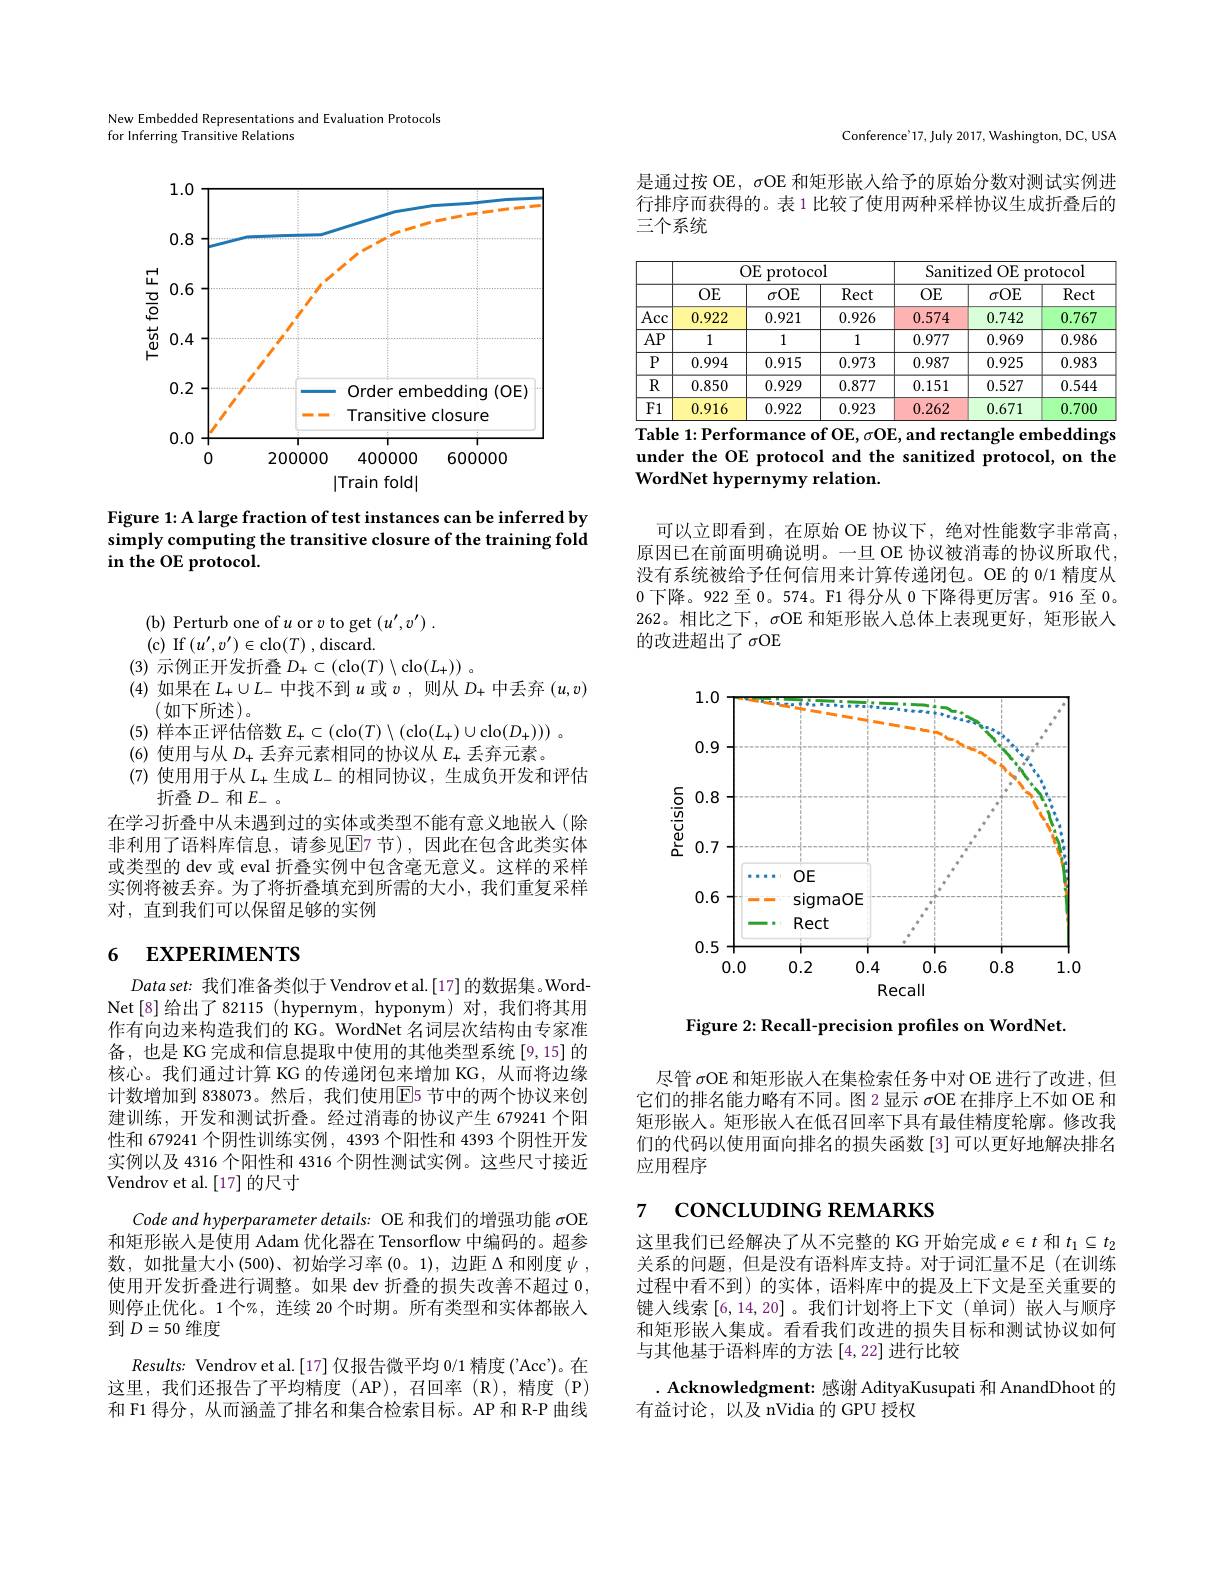
New Embedded Representations and Evaluation Protocols
for Inferring Transitive Relations

<FigureHere>

Figure 1: A large fraction of test instances can be inferred by simply computing the transitive closure of the training fold in the OE protocol.

(b) Perturb one of $u$ or $v$ to get $(u^\prime,v^{\prime}).$
(c) If$(u^\prime,v^{\prime})\in$clo$(T)$,discard.
(3)示例正开发折叠$D_+\subset($clo$(T)\setminus$clo$(L_+))$ 。
(4)如果在$L_+\cup L_-$中找不到$u$或$v$ ,则从$D_+$中丢弃$(u,v)$
(如下所述)。
(5)样本正评估倍数$E_+\subset($clo$(T)\setminus($clo$(L_+)\cup$clo$(D_+))).$
(6) 使用与从$D_+$丢弃元素相同的协议从$E_+$丢弃元素。
(7) 使用用于从$L_+$生成$L_-$的相同协议，生成负开发和评估
折叠$D_-$和$E_-$
在学习折叠中从未遇到过的实体或类型不能有意义地嵌人(除非利用了语料库信息，请参见$\overline{\mathrm{E}}$7节),因此在包含此类实体或类型的 dev 或 eval 折叠实例中包含毫无意义。这样的采样实例将被丢弃。为了将折叠填充到所需的大小，我们重复采样对，直到我们可以保留足够的实例

# 6 EXPERIMENTS

$Dataset{:}$我们准备类似于 Vendrovet al.[17]的数据集。WordNet[8]给出了82115 (hypernym,hyponym)对，我们将其用作有向边来构造我们的 KG。WordNet 名词层次结构由专家准备，也是 KG 完成和信息提取中使用的其他类型系统 [9,15] 的核心。我们通过计算 KG 的传递闭包来增加 KG, 从而将边缘计数增加到 838073。然后，我们使用E5 节中的两个协议来创建训练，开发和测试折叠。经过消毒的协议产生 679241 个阳性和 679241 个阴性训练实例，4393 个阳性和 4393 个阴性开发实例以及 4316 个阳性和 4316 个阴性测试实例。这些尺寸接近Vendrov et al.[17] 的尺寸
Code and hyperparameter details: OE 和我们的增强功能$\sigma$OE 和矩形嵌入是使用 Adam 优化器在 Tensorflow 中编码的。超参数，如批量大小(500)、初始学习率(0。1),边距$\Delta$和刚度$\psi$, 使用开发折叠进行调整。如果 dev 折叠的损失改善不超过0， 则停止优化。1个%,连续 20 个时期。所有类型和实体都嵌入到$D=50$维度
$Results:$ Vendrov et al.[17]仅报告微平均 0/1 精度('Acc')。在这里，我们还报告了平均精度(AP),召回率(R),精度(P) 和 F1 得分，从而涵盖了排名和集合检索目标。AP 和 R-P 曲线

Conference'17, July 2017, Washington, DC, USA

是通过按 OE, $\sigma$OE 和矩形嵌入给予的原始分数对测试实例进行排序而获得的。表 1 比较了使用两种采样协议生成折叠后的三个系统

<table>
	<tbody>
		<tr>
			<th> </th>
			<th colspan="3">$OE$ 1 protocol</th>
			<th colspan="3">Sanitized OE protocol</th>
		</tr>
		<tr>
			<th> </th>
			<th>$OE$</th>
			<th>$\sigma OE$</th>
			<th>Rect</th>
			<th>$OE$</th>
			<th>$\sigma OE$</th>
			<th>Rect</th>
		</tr>
		<tr>
			<td>Acc</td>
			<td>0.922</td>
			<td>0.921</td>
			<td>0.926</td>
			<td>0.574</td>
			<td>0.742</td>
			<td>0.767</td>
		</tr>
		<tr>
			<td>$AP$</td>
			<td>1</td>
			<td>1</td>
			<td>1</td>
			<td>0.977</td>
			<td>0.969</td>
			<td>0.986</td>
		</tr>
		<tr>
			<td>$P$</td>
			<td>0.994</td>
			<td>0.915</td>
			<td>0.973</td>
			<td>0.987</td>
			<td>0.925</td>
			<td>0.983</td>
		</tr>
		<tr>
			<td>$R$</td>
			<td>0.850</td>
			<td>0.929</td>
			<td>0.877</td>
			<td>0.151</td>
			<td>0.527</td>
			<td>0.544</td>
		</tr>
		<tr>
			<td>F1</td>
			<td>0.916</td>
			<td>0.922</td>
			<td>0.923</td>
			<td>0.262</td>
			<td>0.671</td>
			<td>0.70C</td>
		</tr>
	</tbody>
</table>
$\overline{\text{Table 1: Performance of OE, }\sigma\text{OE, and rectangle embeddings}}$

under the OE protocol and the sanitized protocol, on the
WordNet hypernymy relation.

可以立即看到，在原始 OE 协议下，绝对性能数字非常高原因已在前面明确说明。一旦 OE 协议被消毒的协议所取代没有系统被给予任何信用来计算传递闭包。OE 的 0/1 精度从0下降。922 至0。574。F1 得分从0下降得更厉害。916 至0。262。相比之下，$\sigma$OE 和矩形嵌入总体上表现更好，矩形嵌人的改进超出了$\sigma$OE

<FigureHere>

Figure 2: Recall-precision profiles on WordNet.

尽管$\sigma$OE 和矩形嵌人在集检索任务中对 OE 进行了改进，但它们的排名能力略有不同。图 2 显示$\sigma$OE 在排序上不如 OE 和矩形嵌人。矩形嵌入在低召回率下具有最佳精度轮廓。修改我们的代码以使用面向排名的损失函数[3]可以更好地解决排名应用程序

# 7 concLUDING REMARKS

这里我们已经解决了从不完整的 KG 开始完成$e\in t$和$t_1\subseteq t_2$ 关系的问题，但是没有语料库支持。对于词汇量不足(在训练过程中看不到) 的实体，语料库中的提及上下文是至关重要的键人线索[6,14,20]。我们计划将上下文(单词)嵌人与顺序和矩形嵌入集成。看看我们改进的损失目标和测试协议如何与其他基于语料库的方法[4,22]进行比较

. Acknowledgment: 感谢 AdityaKusupati 和 AnandDhoot 的
有益讨论，以及 nVidia 的 GPU 授权